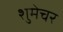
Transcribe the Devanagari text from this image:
शुमेचर